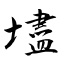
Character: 壗